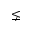
\lneq